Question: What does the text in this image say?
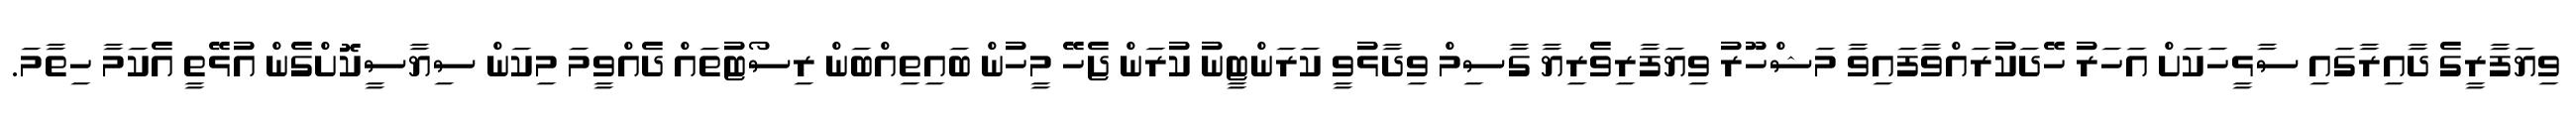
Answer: ވިޔަފާރީގެ ދާއިރާގައި ސާޅީހަކަށް އަހަރު ހޭދަކުރައްވާފައިވާ މަޝްހޫރު ވިޔަފާރިވެރިޔާ ގާސިމް ވިދާޅުވީ ކަރަންޓީނު ކުރަން ޖެހޭ މީހުން ބައިތިއްބަން ރިސޯޓުތައް ދެއްވީމަ މިކަން ސިޔާސީކޮށްގެން އުޅޭތީ އެކަމާ ހިތާމަ.